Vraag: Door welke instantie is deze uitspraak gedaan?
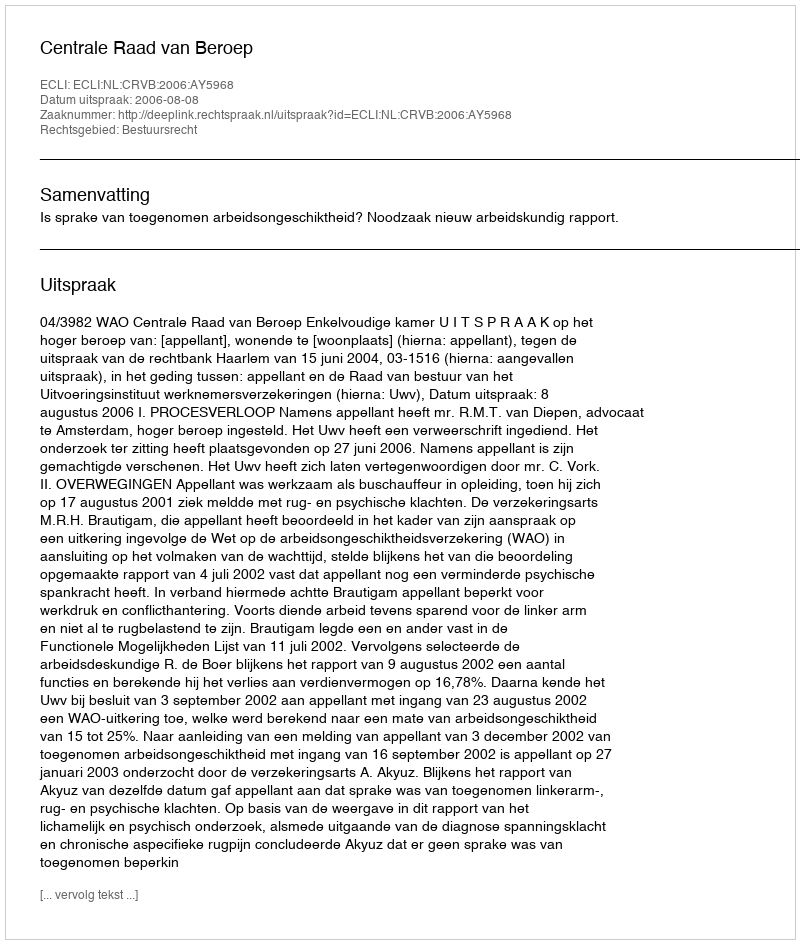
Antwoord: Centrale Raad van Beroep